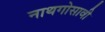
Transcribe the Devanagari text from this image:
नाथगोसावी